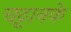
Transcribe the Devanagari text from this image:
चट्टानके